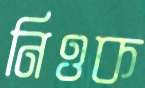
নিওক